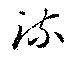
疏